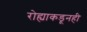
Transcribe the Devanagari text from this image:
रोह्याकडूनही